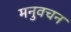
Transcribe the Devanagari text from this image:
मनुवचन